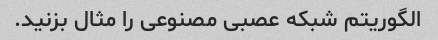
الگوریتم شبکه عصبی مصنوعی را مثال بزنید.